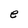
Character: e